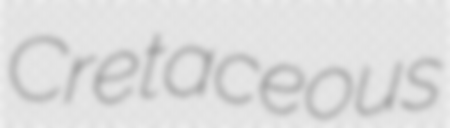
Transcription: Cretaceous